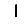
Digit: 1